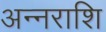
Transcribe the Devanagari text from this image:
अन्नराशि